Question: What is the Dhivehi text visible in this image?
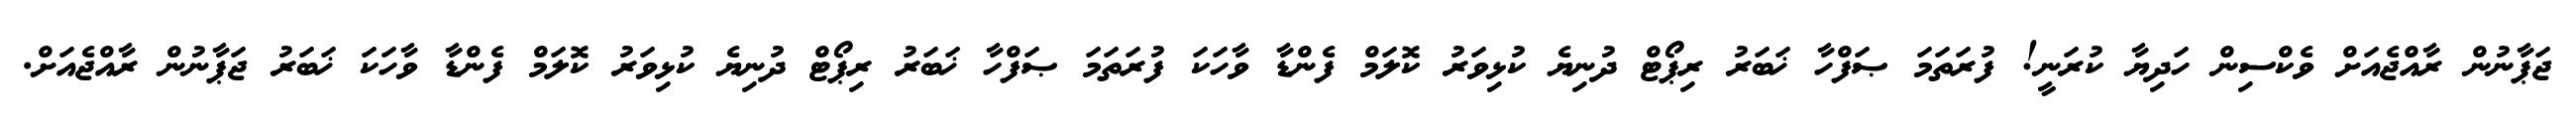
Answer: ޖަޕާނުން ރާއްޖެއަށް ވެކްސިން ހަދިޔާ ކުރަނީ! ފުރަތަމަ ޞަފްހާ ޚަބަރު ރިޕޯޓް ދުނިޔެ ކުޅިވަރު ކޮލަމް ފެންޑާ ވާހަކަ ފުރަތަމަ ޞަފްހާ ޚަބަރު ރިޕޯޓް ދުނިޔެ ކުޅިވަރު ކޮލަމް ފެންޑާ ވާހަކަ ޚަބަރު ޖަޕާނުން ރާއްޖެއަށް.